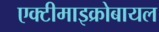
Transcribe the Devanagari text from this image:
एक्टीमाइक्रोबायल